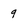
Character: 9